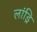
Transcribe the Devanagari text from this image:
लांड्रि